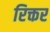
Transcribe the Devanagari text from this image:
रिक्तर